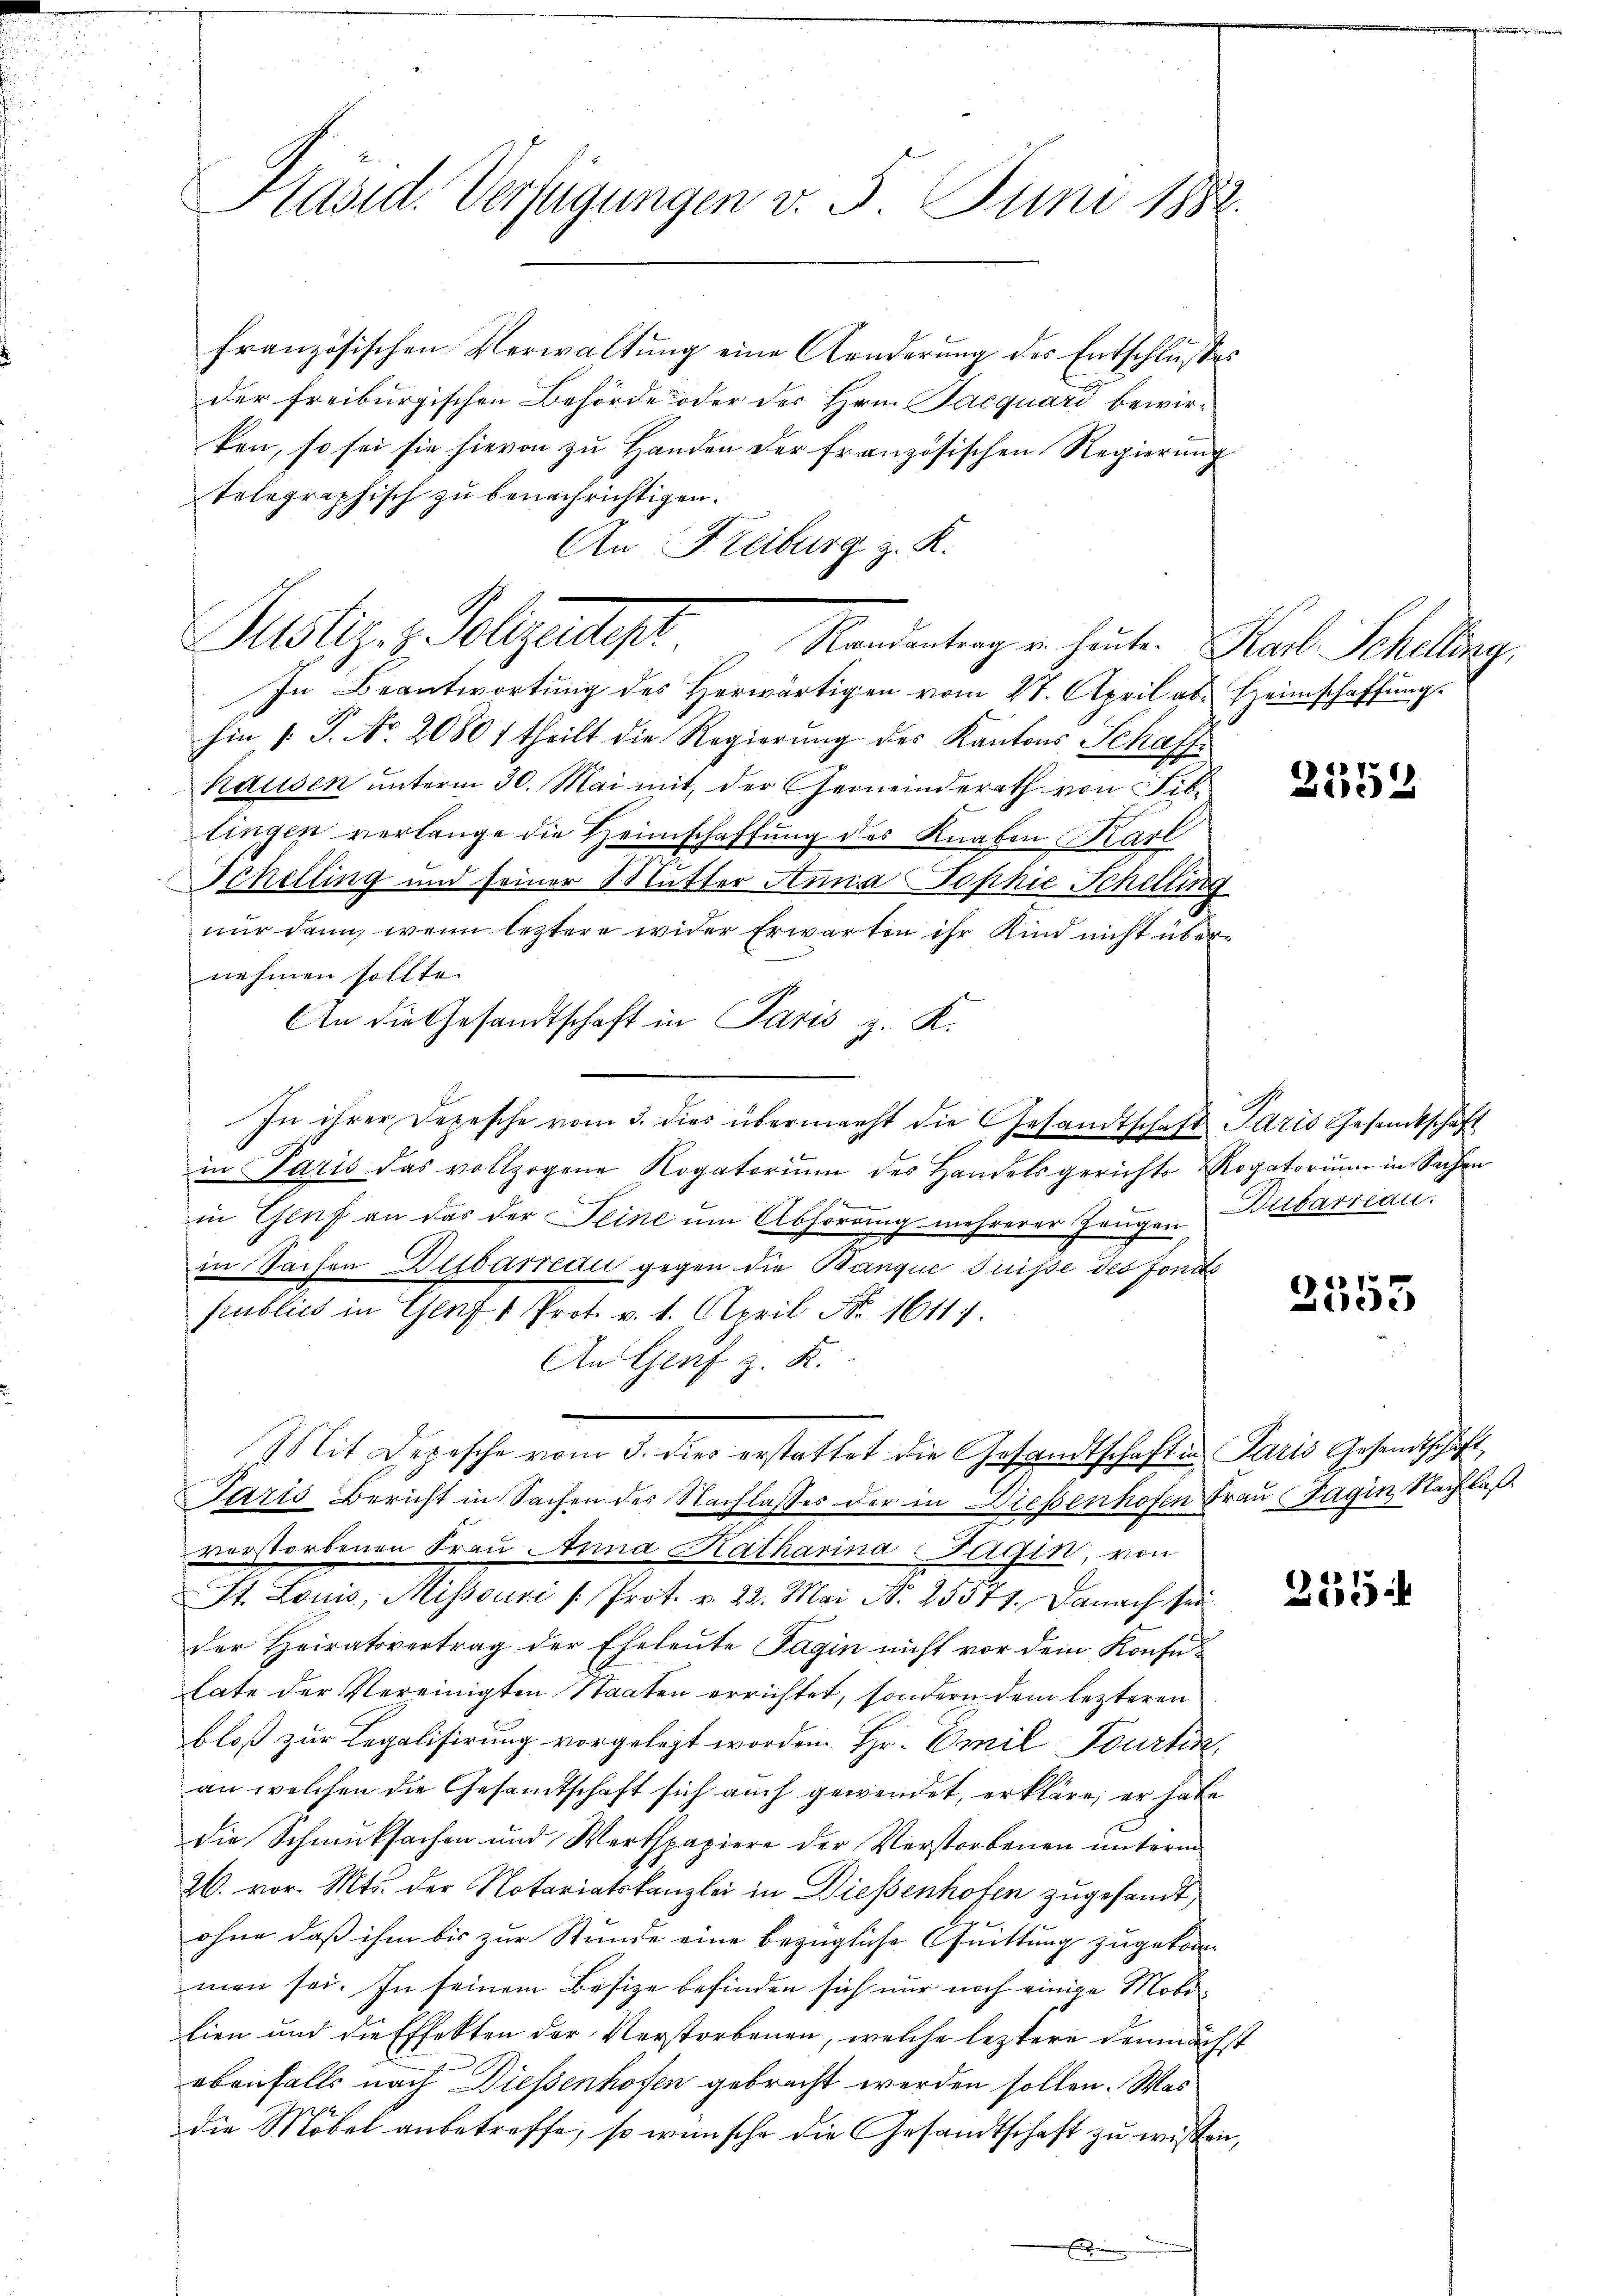
Präsid. Verfügungen v. 5. Juni 1882.

französischen Verwaltung eine Aenderung der Entschlusses
der freiburgischen Behörde oder der Hrn. Pacquard bewirken, so sei sie hievon zŭ Handen der französischen Regierŭng
Telegraphisch zu benachrichtigen.
An Freiburg z. K.
In Beantwortung des Herwärtigen vom 27. April ab. Heimschaffung.
hin 1. P. Nr. 2080f theilt die Regierung des Kantons Schaff¬
Rausen unterm 30. Mai mit, der Gemeinderath von Fib.
tingen verlange die Heimschaffung des Knaben Karl
Schelling und seiner Mutter Anna Sophie Schelling
nur dann, wenn leztere wider Erwarten ihr Kind nicht übernehmen sollte.
An die Gesandtschaft in Paris z. K.
In ihrer Depesche vom 3. dies übermacht die Gesandtschaft Paris Gesantschaft
in Paris das vollzogene Rogatorium des Handelsgerichts Rogatorium in Sachen
e
1 x
in Genf an das der Seine um Abhörung mehrerer Zeugen barreau.
in Sachen Deibarredi gegen die Banque fuisse des Fonds
publico in Genf Prot. v. 1. April No. 1611.
An Graf z. K.
Mit Depesche vom 3. dies erstattet die Gesandtschaft in Paris Gesandtschaft
Paris Bericht in Sachen des Nachlasses der in Dießenhofen Frau Tagin Nachlaß
verstorbenen Frau Anna Katharina-Fagin, von
St. Louis, Missouri / Prot. v. 22. Mai N. 25341. Danach sei
der Heiratsvertrag der Eheleute Fagin nicht vor dem Konfe-
late der Vereinigten Staaten errichtet, sondern dem lezteren
bloß zur Legalisirung vorgelegt worden Hr. Emil Tourtin,
an welchen die Gesamtschaft sich auch gewendet, erkläre, er habe
die Schmucksachen und Werthpapiere der Verstorbenen unterm
26. vor. Mts. der Notariatskanzlei in Dießenhofen zugesandt,
ohne daß ihm bis zur Stunde eine bezügliche Quittung zugekommen sei. In seinem Besize befinden sich nur noch einige Mobilien und die Effekten der Verstorbenen, welche leztere demnächst
ebenfalls nach Diessenhofen gebracht werden sollen. Was
die Möbel anbetreffe, so wünsche die Gesandtschaft zu wissen,

Justiz- & Polizeidigt
Randantrag u. heute. Karl Schelling,

2554

2353

255.